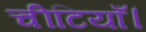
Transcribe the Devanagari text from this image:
चीटियाँ।